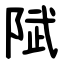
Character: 陚